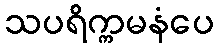
သပရိက္ကမနံပေ